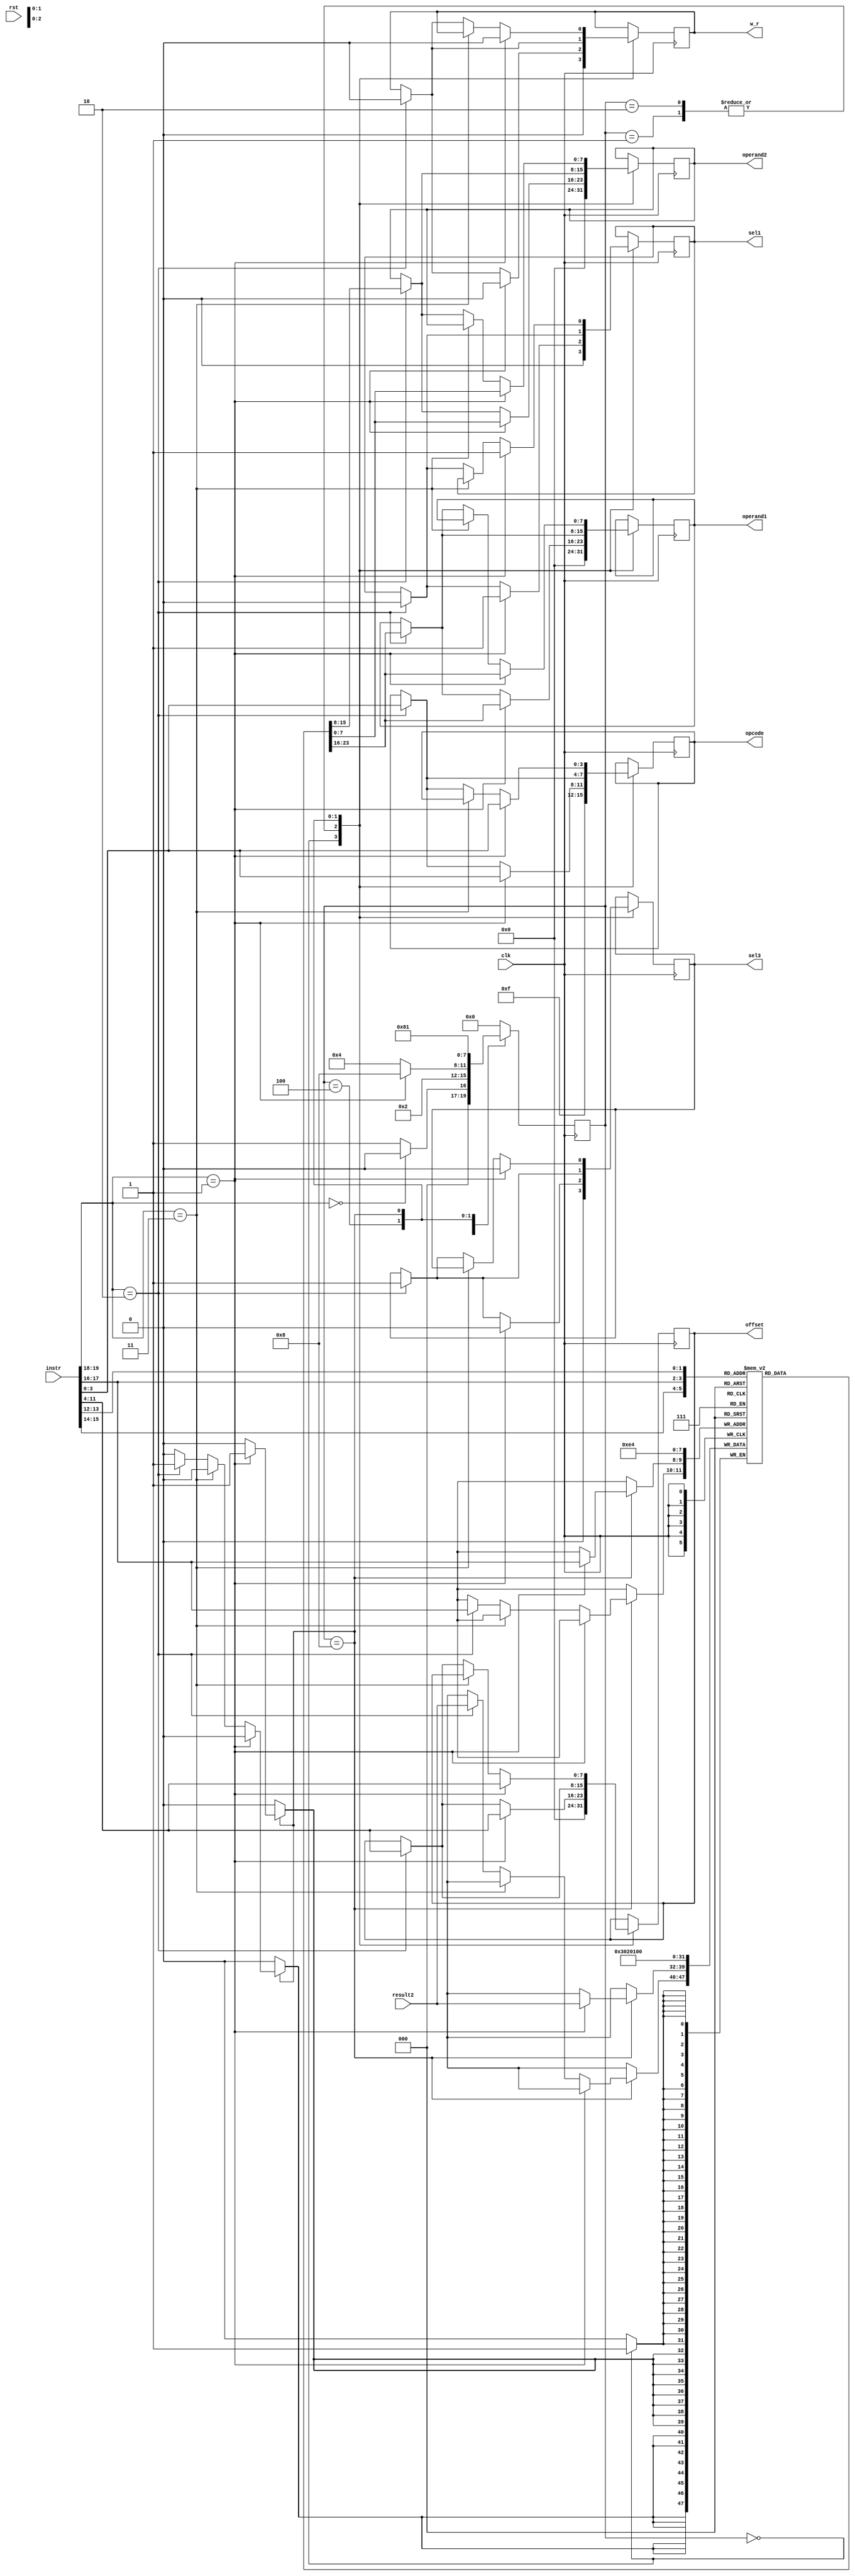
`timescale 1ns / 1ps

module CU (clk,rst, instr, result2, operand1, operand2, offset, opcode, sel1, sel3,w_r);
    //Defaults unless overwritten during instantiation
    parameter DATA_WIDTH = 8; //8 bit wide data
    parameter ADDR_BITS = 5; //32 Addresses
    parameter INSTR_WIDTH =20; 
    //INPUTS
    input clk,rst;
    input [INSTR_WIDTH-1:0]instr;
    input [DATA_WIDTH-1:0] result2;

    //OUTPUTS
    output reg [DATA_WIDTH-1:0] operand1;
    output reg [DATA_WIDTH-1:0] operand2;
    output reg [DATA_WIDTH-1:0] offset;
    output reg [3:0] opcode;
    output reg sel1, sel3, w_r;

    //REGISTER FILE: CU internal register file of 4 registers.  This is a over simplication of a real solution
    reg [DATA_WIDTH-1:0] regfile [0:3];
    reg [INSTR_WIDTH-1:0]instruction;
    
    //STATES
    parameter RESET = 4'b0000;
    parameter DECODE = 4'b0001;
    parameter EXECUTE = 4'b0010;
    parameter MEM_ACCESS = 4'b0100;
    parameter WRITE_BACK = 4'b1000;
        
    reg [3:0] state = RESET;
    
    
    always @(posedge clk) begin
        instruction = instr;
        case (state)
            RESET : begin //#0
                if (instruction[19:18] == 2'b00)  begin
                    state = RESET; 
                    end else begin
                    state = DECODE; //#1
                    end
                //-----------------------------
                //Write initial values to regfile
                regfile[0]<= 8'd0;
                regfile[1]<= 8'd1;
                regfile[2]<= 8'd2;
                regfile[3]<= 8'd3;

                //Set output reset defaults
                operand1 <= #(DATA_WIDTH)'d0;
                operand2 <= #(DATA_WIDTH)'d0;
                offset <= #(DATA_WIDTH)'d0;
                opcode <= 4'b1111;
                sel1 <= 0;
                sel3 <= 0;
                w_r <= 0;
                //-----------------------------
            end

            DECODE : begin //#1
                state = EXECUTE; //#2
                if (instruction[19:18] == 2'b1) begin //std_op
                    operand1 <= regfile[instruction[15:14]]; //X2
                    operand2 <= regfile[instruction[13:12]]; //X3
                    offset <= instruction[11:4];
                    opcode <= instruction[3:0];
                   sel1 <= 1;
                    sel3 <= 0;
                    w_r <= 0;
                end else if (instruction[19:18] == 2'b10) begin //loadR 
                    operand1 <= regfile[instruction[15:14]]; //X2
                    operand2 <= regfile[instruction[17:16]]; //z
                    offset <= instruction[11:4];
                    opcode <= instruction[3:0];
                    sel1 <= 0; //pass data_out
                    sel3 <= 1; //pass offset
                    w_r <= 0;
                end else if (instruction[19:18] == 2'b11) begin //storeR 
                   /******************************************** 
                   *
                   * FILL IN CORRECT CODE HERE
                   *
                   ********************************************/ 

                end
            end
            EXECUTE: begin //#2
                state = MEM_ACCESS; //#3
                if (instruction[19:18] == 2'b01) begin //std_op
                    state = WRITE_BACK;
                    operand1 <= regfile[instruction[15:14]]; //X2
                    operand2 <= regfile[instruction[13:12]]; //X3
                    offset <= instruction[11:4];
                    opcode <= instruction[3:0];
                    sel1 <= 1;
                    sel3 <= 0;
                    w_r <= 0;

                end else if (instruction[19:18] == 2'b10) begin //loadR  
                    operand1 <= regfile[instruction[15:14]]; //X2
                    operand2 <= regfile[instruction[17:16]]; //z
                    offset <= instruction[11:4];
                    opcode <= instruction[3:0];
                    sel1 <= 0; //pass data_out
                    sel3 <= 1; //pass offset
                    w_r <= 0;
                end else if (instruction[19:18] == 2'b11) begin //storeR
                   /******************************************** 
                   *
                   * FILL IN CORRECT CODE HERE
                   *
                   ********************************************/ 
                end
            end
            MEM_ACCESS: begin //#3
                state = WRITE_BACK; //#4
                if (instruction[19:18] == 2'b10) begin //loadR             
                    operand1 <= regfile[instruction[15:14]]; //X2
                    operand2 <= regfile[instruction[17:16]]; //z
                    offset <= instruction[11:4];
                    opcode <= instruction[3:0];
                    sel1 <= 0; //pass data_out
                    sel3 <= 1; //pass offset
                    w_r <= 0;
                end else if (instruction[19:18] == 2'b11) begin //storeR 
                   /******************************************** 
                   *
                   * FILL IN CORRECT CODE HERE
                   * Take note of what the next state should be according to
                   * the FSM
                   *
                   ********************************************/ 
                end
            end
            WRITE_BACK: begin //#4
                state = DECODE; //#1
                if (instruction[19:18] == 2'b01) begin //std_op
                    regfile[instruction[17:16]] <= result2; //X1

                    operand1 <= regfile[instruction[15:14]]; //X2
                    operand2 <= regfile[instruction[13:12]]; //X3
                    offset <= instruction[11:4];
                    opcode <= instruction[3:0];
                    sel1 <= 1;
                    sel3 <= 0;
                    w_r <= 0;
                end else if (instruction[19:18] == 2'b11) begin //storeR 
                   /******************************************** 
                   *
                   * FILL IN CORRECT CODE HERE
                   *
                   ********************************************/ 
                    
                end else if (instruction[19:18] == 2'b10) begin //loadR             
                    regfile[instruction[17:16]] <= result2; //From data mem
                    operand1 <= regfile[instruction[15:14]]; //X2
                    operand2 <= regfile[instruction[17:16]]; //z
                    offset <= instruction[11:4];
                    opcode <= instruction[3:0];
                    sel1 <= 0; //pass data_out
                    sel3 <= 1; //pass offset
                    w_r <= 0;
                end
            end

            default: // Fault Recovery
            state = RESET; //#0
        endcase
    end
endmodule